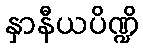
နှာနီယပိဏ္ဍိ